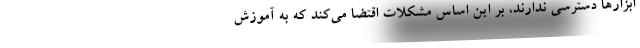
ابزارها دسترسی ندارند، بر این اساس مشکلات اقتضا می‌کند که به آموزش